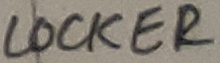
Text: LOCKER